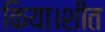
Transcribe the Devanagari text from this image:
किया।शीत